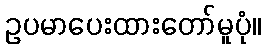
ဥပမာပေးထားတော်မူပုံ။